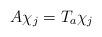
LaTeX: \begin{align*}A\chi_j=T_a\chi_j\end{align*}